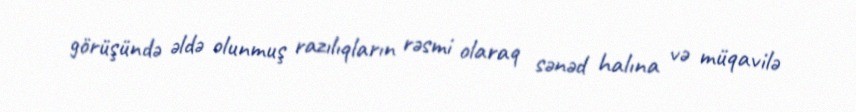
görüşündə əldə olunmuş razılıqların rəsmi olaraq sənəd halına və müqavilə